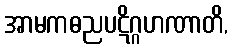
အာမကဓညပဋိဂ္ဂဟဏာတိ,